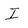
Character: I